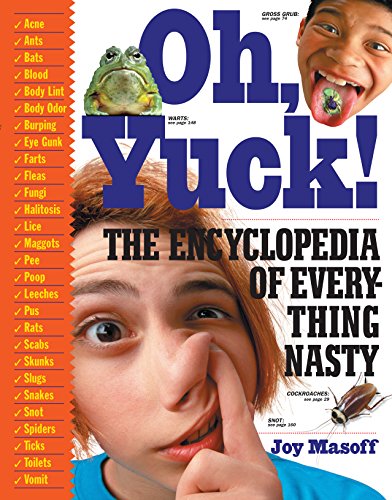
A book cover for Oh, Yuck! The Encyclopedia of Everything Nasty; Joy Masoff; Science & Math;